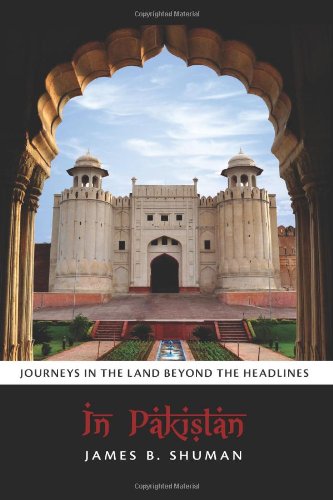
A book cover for In Pakistan: Journeys in the Land Beyond the Headlines; James B. Shuman; Travel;